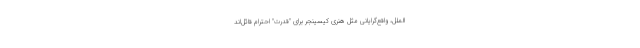
‌الملل، واقع‌گرایانی مثل هنری کیسینجر برای "قدرت" احترام قائل‌اند